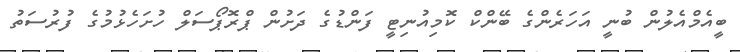
ބީއެމްއެލުން ބުނީ އަހަރެންގެ ބޭންކް ކޮމިއުނިޓީ ފަންޑުގެ ދަށުން ޕްރޮޕޯސަލް ހުށަހެޅުމުގެ ފުރުސަތު